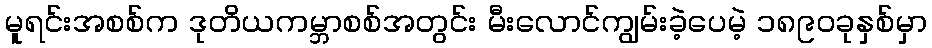
မူရင်းအစစ်က ဒုတိယကမ္ဘာစစ်အတွင်း မီးလောင်ကျွမ်းခဲ့ပေမဲ့ ၁၈၉၀ခုနှစ်မှာ